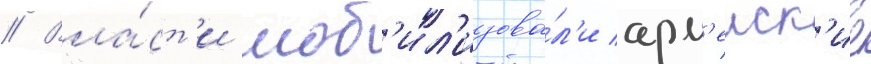
// Вла́ст'и моб'ил'изова́л'и арм'еиск'ие